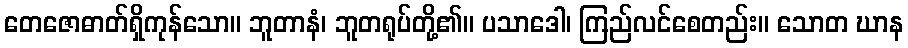
တေဇောဓာတ်ရှိကုန်သော။ ဘူတာနံ၊ ဘူတရုပ်တို့၏။ ပသာဒေါ၊ ကြည်လင်စေတည်း။ သောတ ဃာန